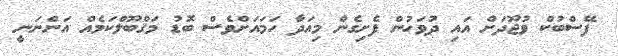
ފޭސްބުކް ވުޖޫދަށް އައި ދުވަހުން ފެށިގެން މިއަދާ ހަމައަށްވެސް ބޮޑު މަޤްބޫލްކަމެއް އަންނަނީ